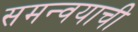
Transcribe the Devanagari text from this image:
समन्वयाची